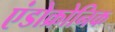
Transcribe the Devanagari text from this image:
एंडोक्रोनिक